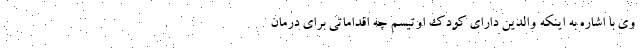
وی با اشاره به اینکه والدین دارای کودک اوتیسم چه اقداماتی برای درمان